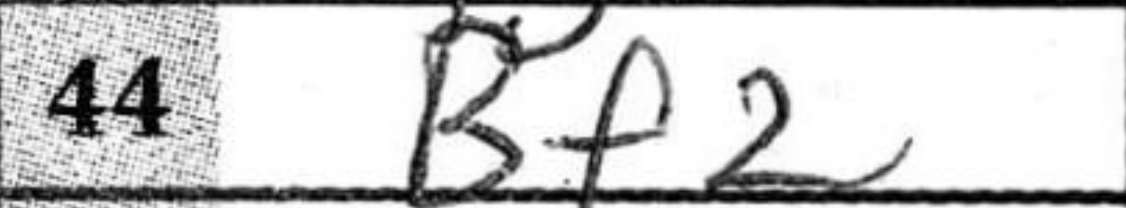
Transcription: Bf2